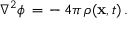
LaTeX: \nabla ^ { 2 } \phi \, = \, - \, 4 \pi \, \rho ( { \bf x } , t ) \, .